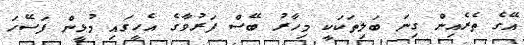
އޭގެ ތެރެއިން ގިނަ ބަލިތަކަކީ މިހާރު ބޭސް ފަރުވާގެ އެހީގައި މުޅީން ފަސޭހަ